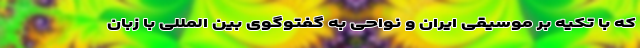
که با تکیه بر موسیقی ایران و نواحی به گفتوگوی بین المللی با زبان